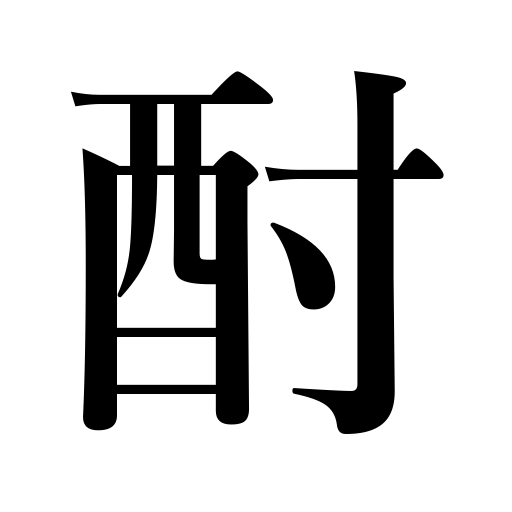
Meanings: sake